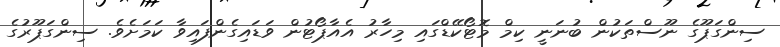
ސިންގަޕޫގެ ނޫސްތަކުން ބުނަނީ ކިމް މޮޓޯކޭޑްގައި މިހާރު އެއާޕޯޓުން ވަޑައިގެންފައިވާ ކަމަށެވެ. ސިންގަޕޫރުގެ